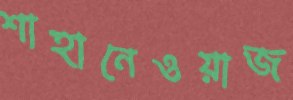
শাহানেওয়াজ